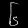
Digit: ၆